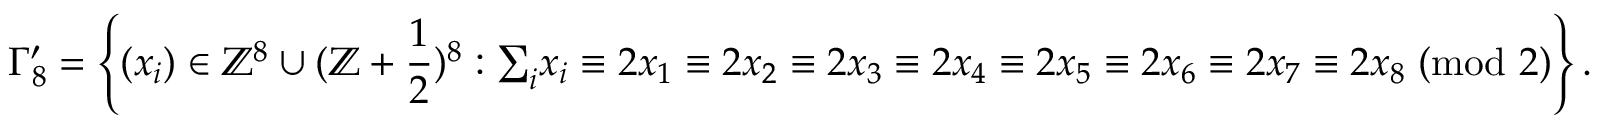
\Gamma _ { 8 } ^ { \prime } = \left\{ ( x _ { i } ) \in \mathbb { Z } ^ { 8 } \cup ( \mathbb { Z } + { \frac { 1 } { 2 } } ) ^ { 8 } : { { \textstyle \sum _ { i } } x _ { i } } \equiv 2 x _ { 1 } \equiv 2 x _ { 2 } \equiv 2 x _ { 3 } \equiv 2 x _ { 4 } \equiv 2 x _ { 5 } \equiv 2 x _ { 6 } \equiv 2 x _ { 7 } \equiv 2 x _ { 8 } \; ( { \mathrm { m o d ~ } } 2 ) \right\} .